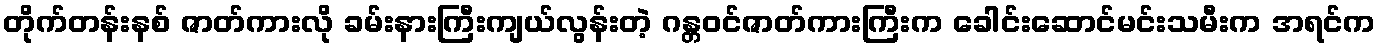
တိုက်တန်းနစ် ဇာတ်ကားလို ခမ်းနားကြီးကျယ်လွန်းတဲ့ ဂန္တဝင်ဇာတ်ကားကြီးက ခေါင်းဆောင်မင်းသမီးက အရင်က